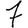
Digit: 7